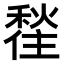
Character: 𪝲